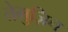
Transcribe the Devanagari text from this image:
तेमुज़िन